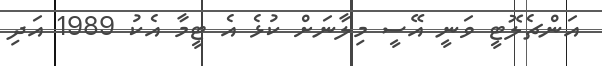
އަންޗެލޮޓީ ވަނީ އޭސީ މިލާނަށް ކުޅެ އެ ޓީމާ އެކު 1989 އަދި